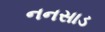
નનસાડ